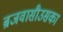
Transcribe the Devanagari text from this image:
ब्रजवासीउसका